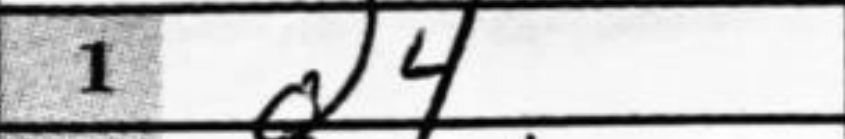
Transcription: d4